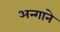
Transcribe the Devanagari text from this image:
अन्गाने